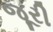
જૂરી